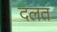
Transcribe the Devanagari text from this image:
दलत